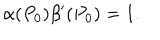
\alpha ( P _ { 0 } ) \beta ^ { \prime } ( P _ { 0 } ) = 1 .